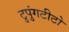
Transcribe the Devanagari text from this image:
टुपुंगटीटो